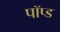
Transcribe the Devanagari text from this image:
पॉप्ड